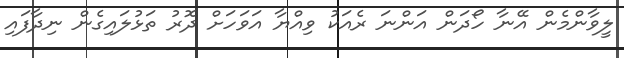
ލީވާންމެން އޭނާ ހޯދަން އަންނަ ރެއަކު ވިއްޔާ އަވަހަށް ދޮރު ތަޅުލައިގެން ނިދާފައި